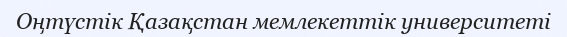
Оңтүстік Қазақстан мемлекеттік университеті